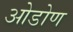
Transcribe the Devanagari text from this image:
ओडोण